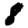
Digit: 8